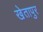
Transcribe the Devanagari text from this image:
खेतापुर